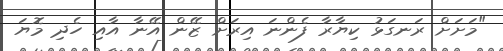
"މަށަށް ރަނގަޅު ކިޔާރާ ފެންނަ އިރަށް ޒޭން އޭނާ އާއި ހެދި މޮޔަ